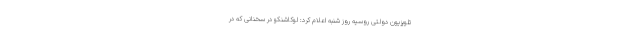
تلویزیون دولتی روسیه روز شنبه اعلام کرد: لوکاشنکو در سخنانی که در